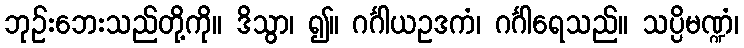
ဘုဉ်းဘေးသည်တို့ကို။ ဒိသွာ၊ ၍။ ဂင်္ဂါယဥဒကံ၊ ဂင်္ဂါရေသည်။ သပ္ပိမဏ္ဍံ၊